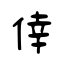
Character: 倖